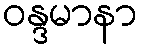
ဝန္ဒမာနာ